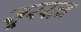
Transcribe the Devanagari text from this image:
सूररत्‍न